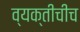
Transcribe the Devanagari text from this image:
व्यक्तीचीच